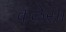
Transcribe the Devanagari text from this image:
कळेसा